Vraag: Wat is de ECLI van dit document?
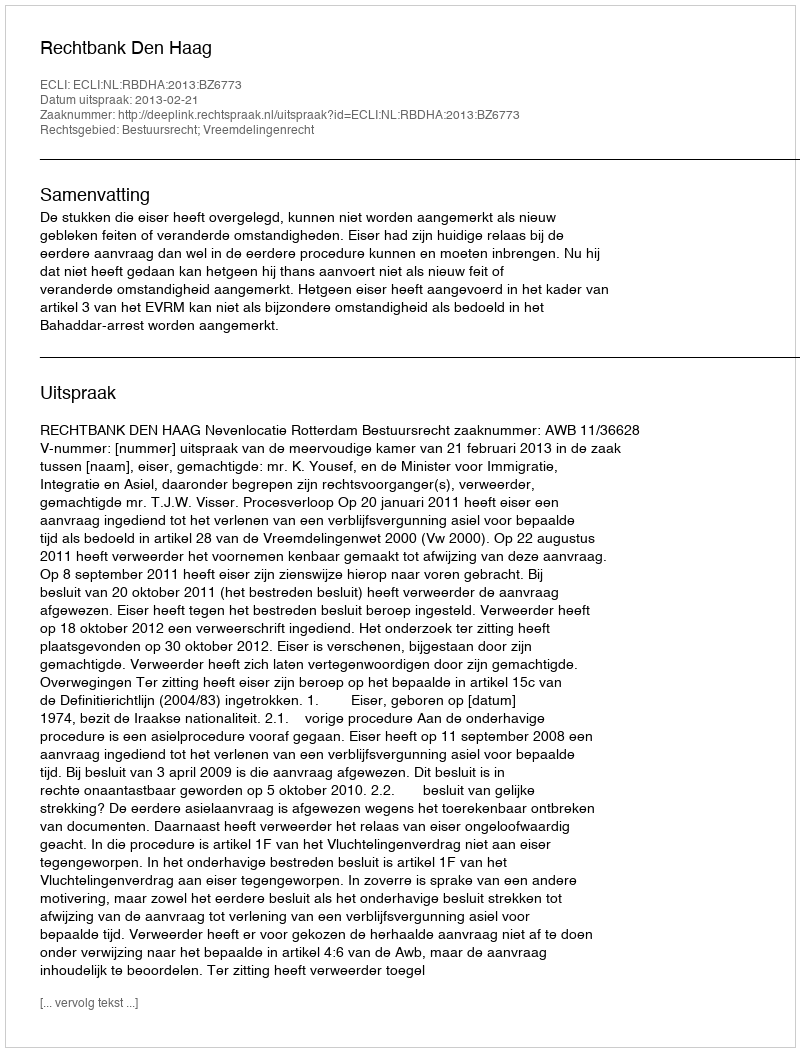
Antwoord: ECLI:NL:RBDHA:2013:BZ6773